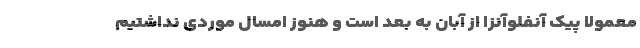
معمولا پیک آنفلوآنزا از آبان به بعد است و هنوز امسال موردی نداشتیم